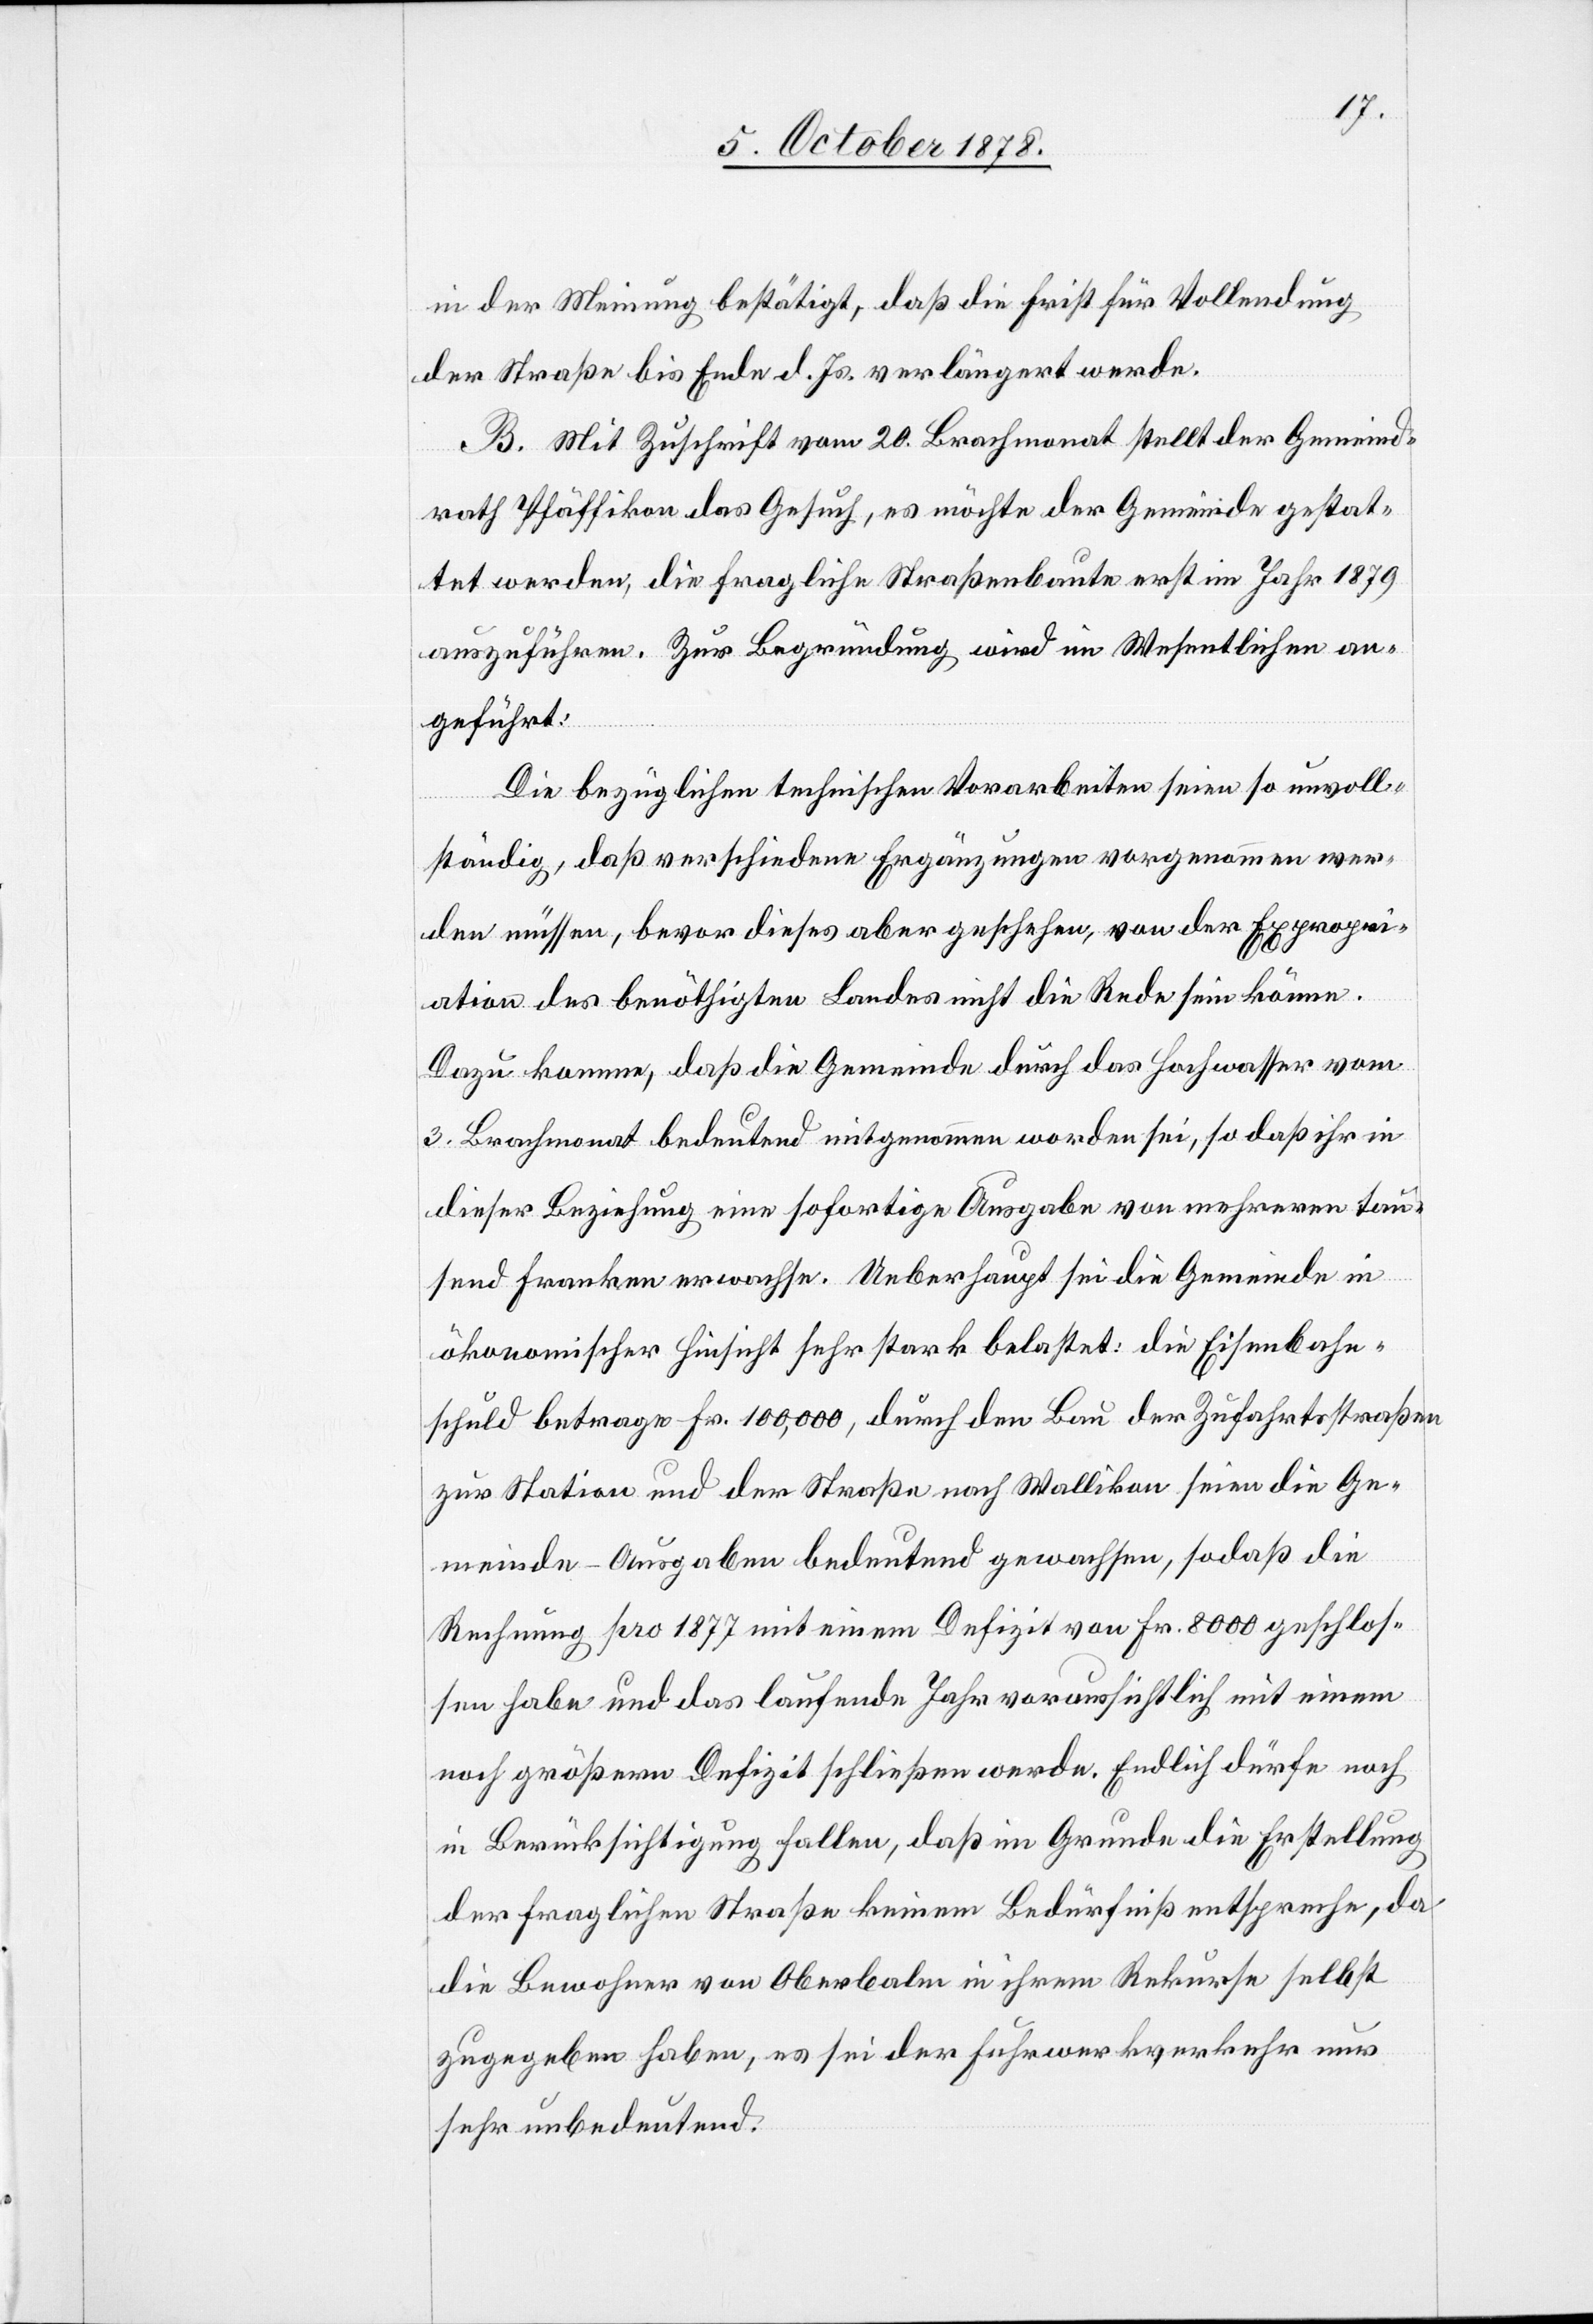
in der Meinung bestätigt, daß die Frist für Vollendung
der Straße bis Ende d. Js. verlängert werde.
B. Mit Zuschrift vom 20. Brachmonat stellt der Gemeind¬
rath Pfäffikon das Gesuch, es möchte der Gemeinde gestat¬
tet werden, die fragliche Straßenbaute erst im Jahr 1879
auszuführen. Zur Begründung wird im Wesentlichen an¬
geführt:
Die bezüglichen technischen Vorarbeiten seien so unvoll¬
ständig, daß verschiedene Ergänzungen vorgenommen wer¬
den müssen, bevor dieses aber geschehe, von der Expropri¬
ation des benöthigten Landes nicht die Rede sein könne.
Dazu komme, daß die Gemeinde durch das Hochwasser vom
3. Brachmonat bedeutend mitgenommen worden sei, so daß ihr in
dieser Beziehung eine sofortige Ausgabe von mehreren tau¬
send Franken erwachse. Ueberhaupt sei die Gemeinde in
ökonomischer Hinsicht sehr stark belastet: die Eisenbahn¬
schuld betrage Fr. 100,000, durch den Bau der Zufahrtsstraßen
zur Station und der Straße nach Wallikon seien die Ge¬
meinde-Ausgaben bedeutend gewachsen, sodaß die
Rechnung pro 1877 mit einem Defizit von Fr. 8000 geschlos¬
sen habe und das laufende Jahr voraussichtlich mit einem
noch größern Defizit schließen werde. Endlich dürfe noch
in Berücksichtigung fallen, daß im Grunde die Erstellung
der fraglichen Straße keinem Bedürfniß entspreche, da
die Bewohner von Oberbalm in ihrem Rekurse selbst
zugegeben haben, es sei der Fuhrwerksverkehr nur
sehr unbedeutend.